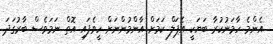
އެންމެ ހާމަނުކުރާ ބަޔަކީ އެޕަލް ކަމަށް އާންމުންނަށް ހީވެފައި އޮތް ނަމަވެސް ބާރުގަދަ